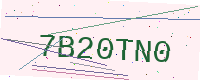
Text: 7B20TN0